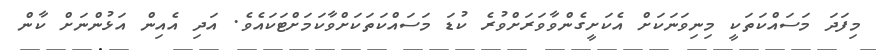
މިފަދަ މަސައްކަތަކީ މިނިވަނަކަށް އެކަށީގެންވާވަރަށްވުރެ ކުޑަ މަސައްކަތަކަށްވާކަމަށްޓަކައެވެ. އަދި އެއިން އަޅުންނަށް ކާން